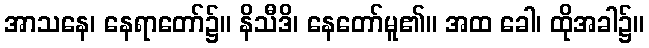
အာသနေ၊ နေရာတော်၌။ နိသီဒိ၊ နေတော်မူ၏။ အထ ခေါ၊ ထိုအခါ၌။